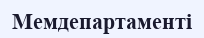
Мемдепартаменті